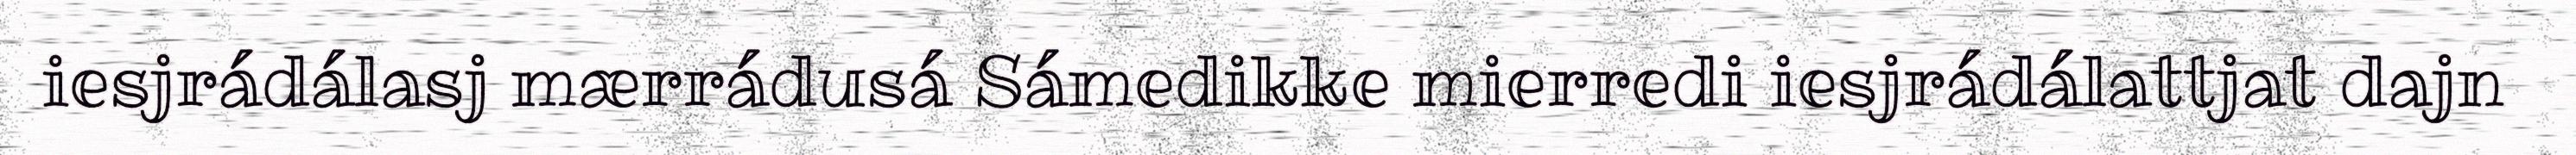
iesjrádálasj mærrádusá Sámedikke mierredi iesjrádálattjat dajn